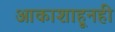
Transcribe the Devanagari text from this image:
आकाशाहूनही